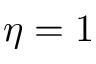
\eta = 1